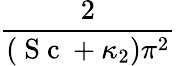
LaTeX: \frac{2}{(\mathrm{~S~c~}+\kappa_{2})\pi^{2}}